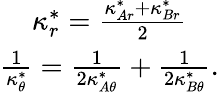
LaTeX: \begin{array}{c}{\kappa_{r}^{*}=\frac{\kappa_{Ar}^{*}+\kappa_{Br}^{*}}{2}}\\ {\frac{1}{\kappa_{\theta}^{*}}=\frac{1}{2\kappa_{A\theta}^{*}}+\frac{1}{2\kappa_{B\theta}^{*}}.}\end{array}